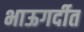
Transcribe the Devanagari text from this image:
भाऊगर्दीत